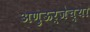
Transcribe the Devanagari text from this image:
अणुऊर्जेच्या